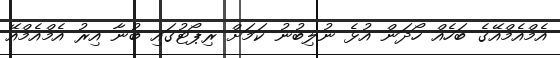
އެމްއެމްއޭގެ ބަހެއް ހޯދަން އުޅެ ނުލިބުނު ކަމަށް ރިޕޯޓުގައި ބުނާ އިރު އެމްއެމްއޭ